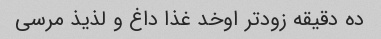
ده دقیقه زودتر اوخد غذا داغ و لذیذ مرسی